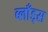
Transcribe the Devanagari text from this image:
ब्लाँड्स